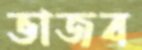
ভাজব